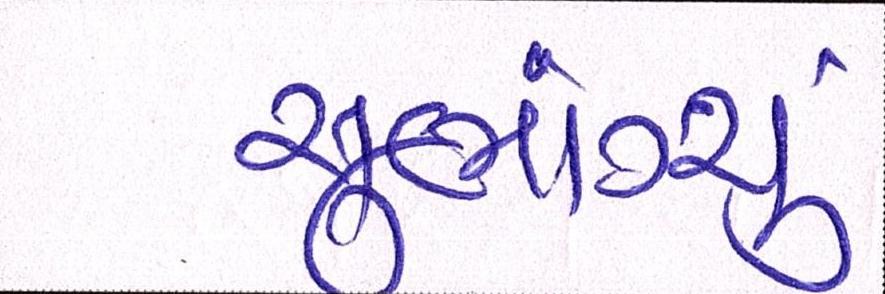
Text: સુભ્રાંગ્શુ